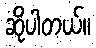
ဆိုပါတယ်။